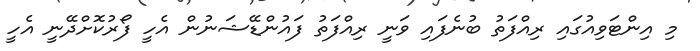
މި އިންޓަވިއުގައި ރިއްފަތު ބުނެފައި ވަނީ ރިއްފަތު ފައުންޑޭޝަނުން އެހީ ފޯރުކޮށްދޭނީ އެހީ